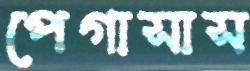
পেগাসাস